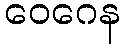
ဝေဂေန